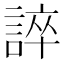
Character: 誶